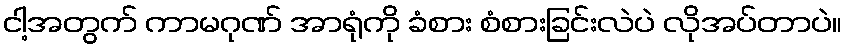
ငါ့အတွက် ကာမဂုဏ် အာရုံကို ခံစား စံစားခြင်းလဲပဲ လိုအပ်တာပဲ။